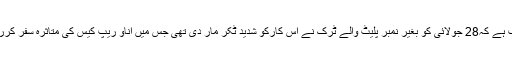
غورطلب ہے کہ28 جولائی کو بغیر نمبر پلیٹ والے ٹرک نے اس کارکو شدید ٹکر مار دی تھی جس میں اناؤ ریپ کیس کی متاثرہ سفر کررہی تھی۔